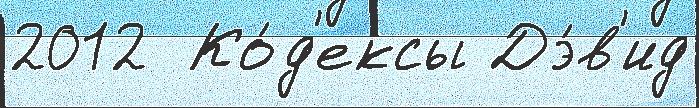
2012  Ко́д'ексы Дэ́в'ид